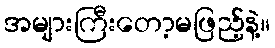
အများကြီးတော့မဖြည့်နဲ့။